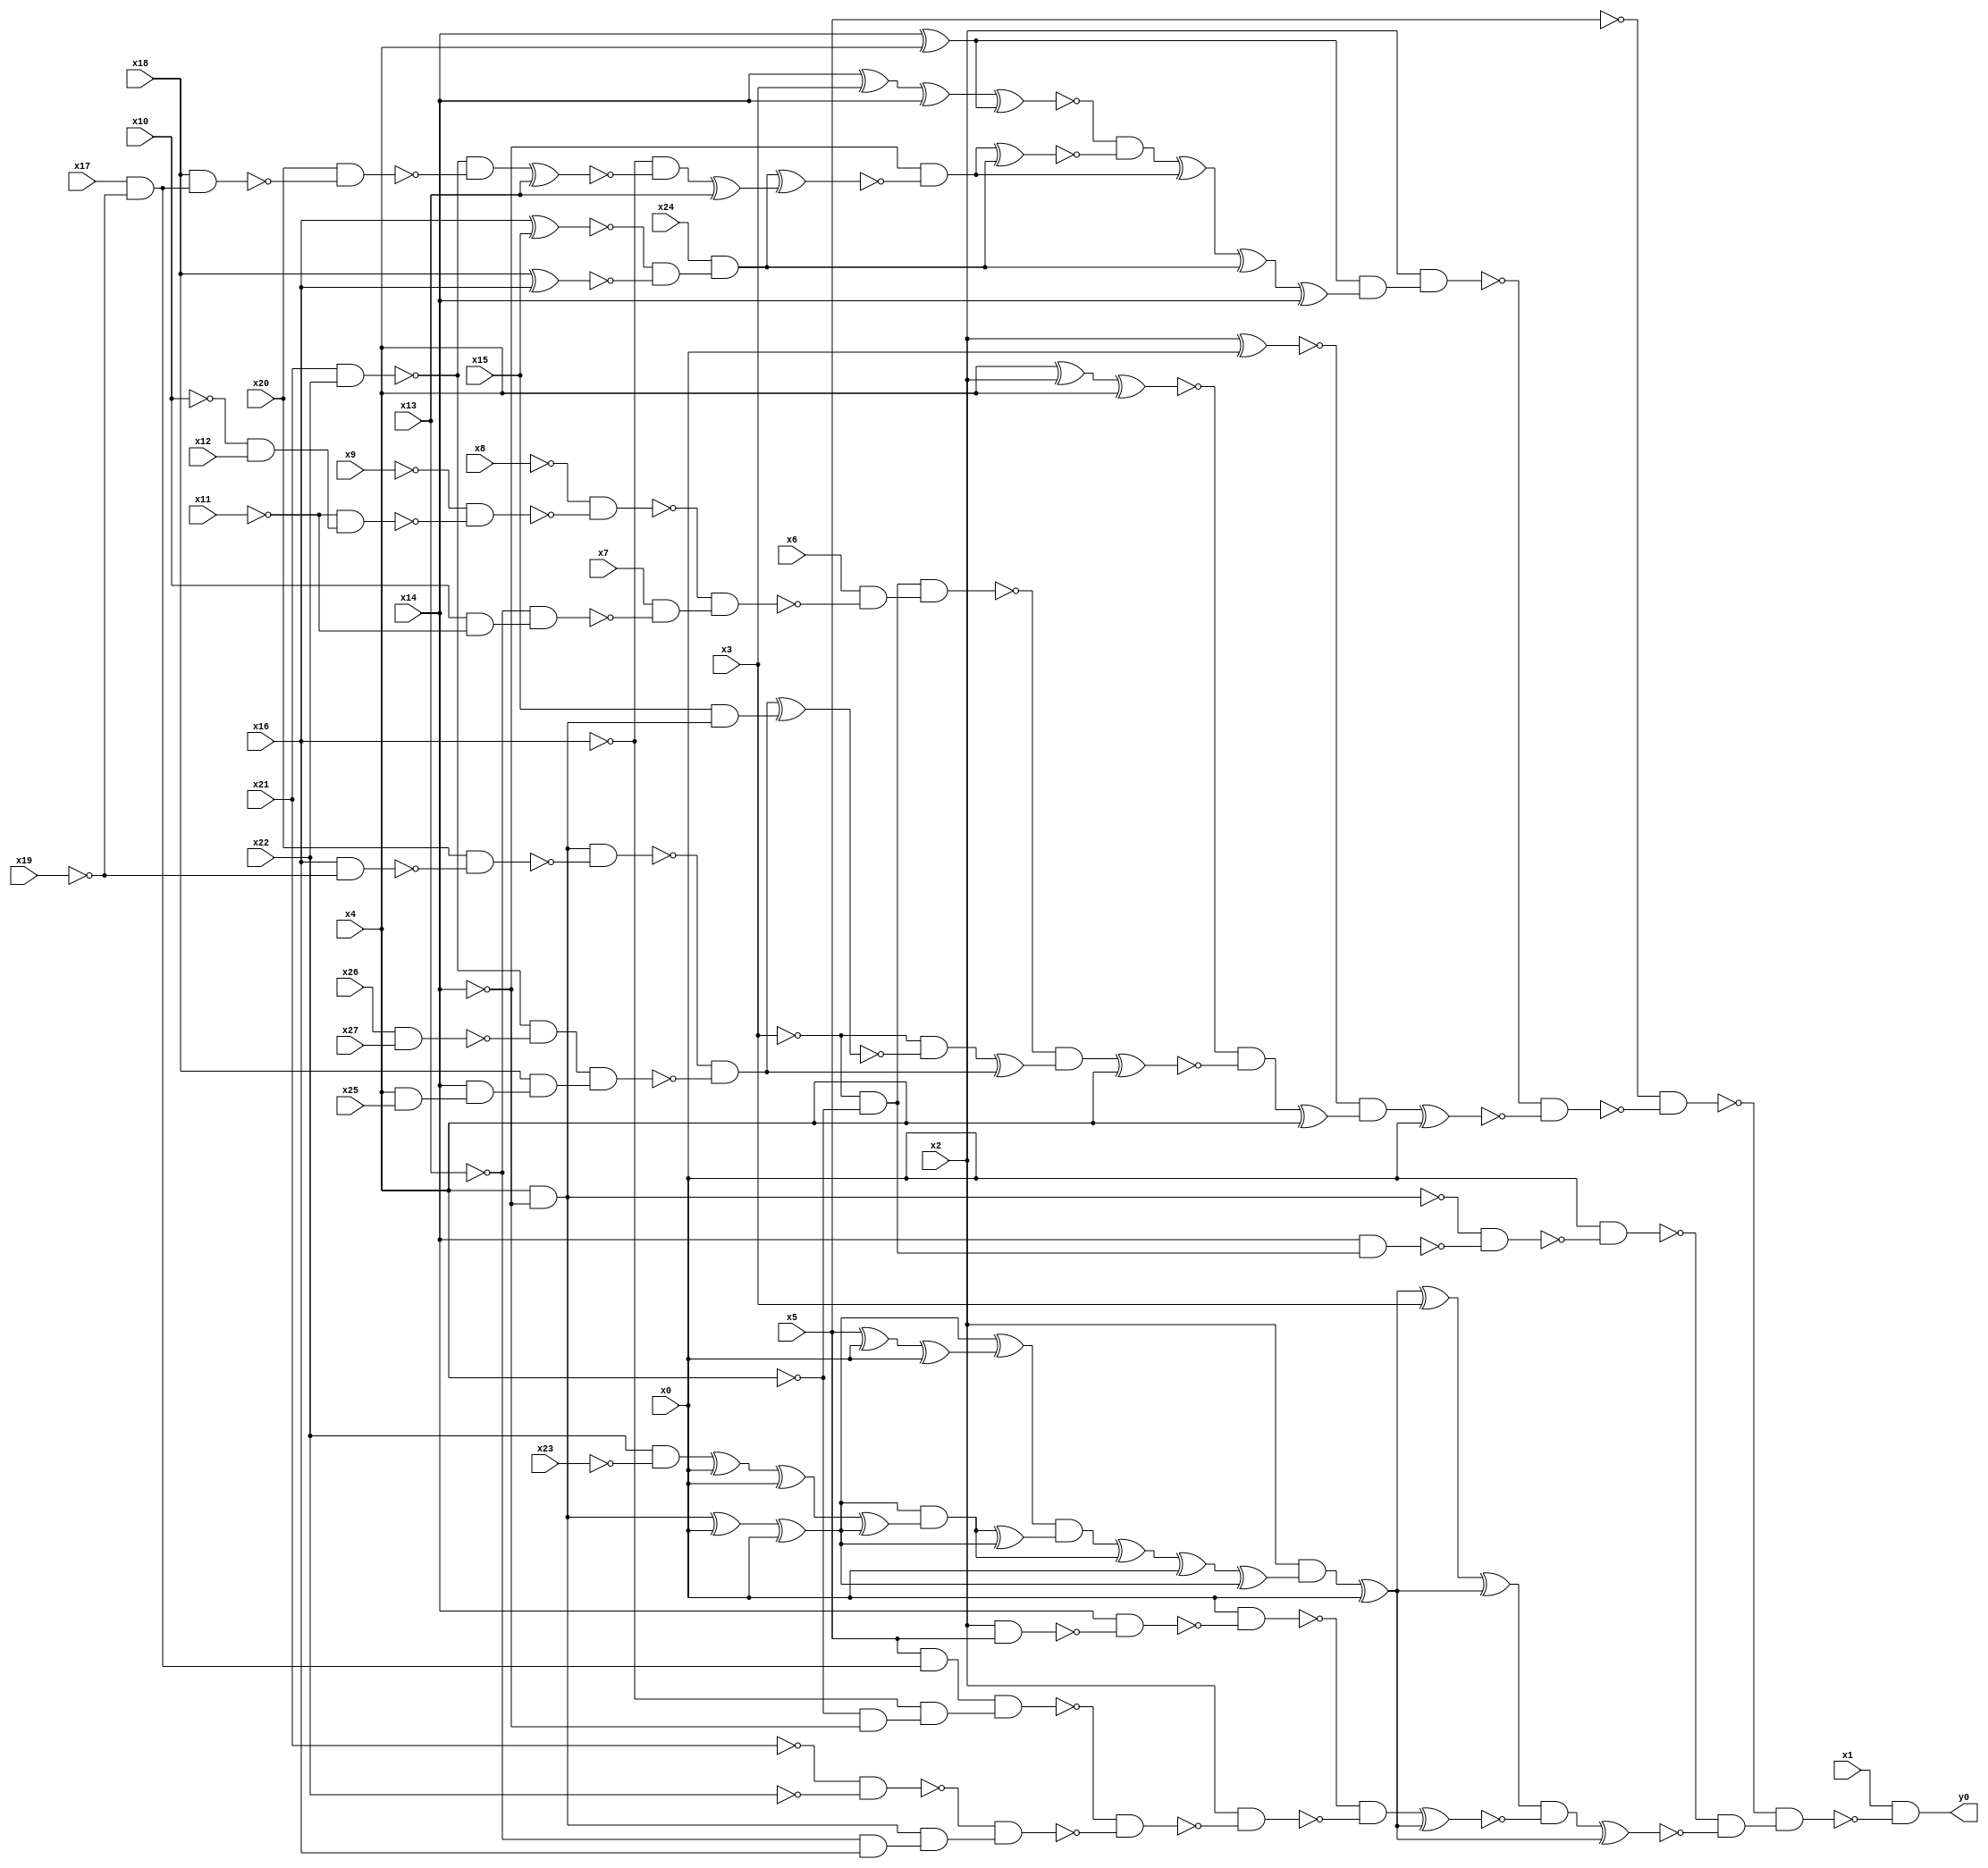
module top( x0 , x1 , x2 , x3 , x4 , x5 , x6 , x7 , x8 , x9 , x10 , x11 , x12 , x13 , x14 , x15 , x16 , x17 , x18 , x19 , x20 , x21 , x22 , x23 , x24 , x25 , x26 , x27 , y0 );
  input x0 , x1 , x2 , x3 , x4 , x5 , x6 , x7 , x8 , x9 , x10 , x11 , x12 , x13 , x14 , x15 , x16 , x17 , x18 , x19 , x20 , x21 , x22 , x23 , x24 , x25 , x26 , x27 ;
  output y0 ;
  wire n29 , n30 , n31 , n32 , n33 , n34 , n35 , n36 , n37 , n38 , n39 , n40 , n41 , n42 , n43 , n44 , n45 , n46 , n47 , n48 , n49 , n50 , n51 , n52 , n53 , n54 , n55 , n56 , n57 , n58 , n59 , n60 , n61 , n62 , n63 , n64 , n65 , n66 , n67 , n68 , n69 , n70 , n71 , n72 , n73 , n74 , n75 , n76 , n77 , n78 , n79 , n80 , n81 , n82 , n83 , n84 , n85 , n86 , n87 , n88 , n89 , n90 , n91 , n92 , n93 , n94 , n95 , n96 , n97 , n98 , n99 , n100 , n101 , n102 , n103 , n104 , n105 , n106 , n107 , n108 , n109 , n110 , n111 , n112 , n113 , n114 , n115 , n116 , n117 , n118 , n119 , n120 , n121 , n122 , n123 , n124 , n125 , n126 , n127 , n128 , n129 , n130 , n131 , n132 ;
  assign n29 = x14 ^ x4 ;
  assign n30 = x14 ^ x3 ;
  assign n31 = n30 ^ x14 ;
  assign n32 = n31 ^ n29 ;
  assign n41 = x16 ^ x15 ;
  assign n42 = x18 ^ x16 ;
  assign n43 = ~n41 & ~n42 ;
  assign n44 = x24 & n43 ;
  assign n33 = x21 & x22 ;
  assign n34 = x17 & ~x19 ;
  assign n35 = x18 & n34 ;
  assign n36 = x20 & ~n35 ;
  assign n37 = ~n33 & ~n36 ;
  assign n38 = n37 ^ x13 ;
  assign n39 = ~x16 & ~n38 ;
  assign n40 = n39 ^ x13 ;
  assign n45 = n44 ^ n40 ;
  assign n46 = ~x14 & ~n45 ;
  assign n47 = n46 ^ n44 ;
  assign n48 = ~n32 & ~n47 ;
  assign n49 = n48 ^ n46 ;
  assign n50 = n49 ^ n44 ;
  assign n51 = n50 ^ x14 ;
  assign n52 = n29 & n51 ;
  assign n53 = x2 & n52 ;
  assign n54 = x2 ^ x0 ;
  assign n55 = x4 ^ x2 ;
  assign n56 = n55 ^ x4 ;
  assign n57 = ~x3 & ~x4 ;
  assign n58 = ~x10 & x12 ;
  assign n59 = ~x11 & n58 ;
  assign n60 = ~x9 & ~n59 ;
  assign n61 = ~x8 & ~n60 ;
  assign n62 = x10 & ~x11 ;
  assign n63 = ~x13 & n62 ;
  assign n64 = x7 & ~n63 ;
  assign n65 = ~n61 & n64 ;
  assign n66 = x6 & ~n65 ;
  assign n67 = n57 & n66 ;
  assign n68 = x4 & ~x14 ;
  assign n70 = x16 & ~x19 ;
  assign n71 = x20 & ~n70 ;
  assign n72 = n68 & ~n71 ;
  assign n73 = x26 & x27 ;
  assign n74 = ~n33 & ~n73 ;
  assign n75 = x4 & x25 ;
  assign n76 = x14 & n75 ;
  assign n77 = x18 & n76 ;
  assign n78 = n74 & n77 ;
  assign n79 = ~n72 & ~n78 ;
  assign n69 = x15 & n68 ;
  assign n80 = n79 ^ n69 ;
  assign n81 = ~x3 & ~n80 ;
  assign n82 = n81 ^ n79 ;
  assign n83 = ~n67 & n82 ;
  assign n84 = n83 ^ x4 ;
  assign n85 = ~n56 & ~n84 ;
  assign n86 = n85 ^ x4 ;
  assign n87 = ~n54 & n86 ;
  assign n88 = n87 ^ x0 ;
  assign n89 = ~n53 & ~n88 ;
  assign n90 = ~x5 & ~n89 ;
  assign n91 = x14 & n57 ;
  assign n92 = ~n68 & ~n91 ;
  assign n93 = x0 & ~n92 ;
  assign n96 = n68 ^ x0 ;
  assign n97 = n96 ^ x0 ;
  assign n94 = x5 ^ x0 ;
  assign n95 = n94 ^ x0 ;
  assign n98 = n97 ^ n95 ;
  assign n99 = x22 & ~x23 ;
  assign n100 = n99 ^ x0 ;
  assign n101 = n100 ^ x0 ;
  assign n102 = n101 ^ n97 ;
  assign n103 = n97 & n102 ;
  assign n104 = n103 ^ n97 ;
  assign n105 = n98 & n104 ;
  assign n106 = n105 ^ n103 ;
  assign n107 = n106 ^ x0 ;
  assign n108 = n107 ^ n97 ;
  assign n109 = x2 & n108 ;
  assign n110 = n109 ^ x0 ;
  assign n111 = n110 ^ x3 ;
  assign n112 = n111 ^ n110 ;
  assign n113 = x2 & x5 ;
  assign n114 = x14 & ~n113 ;
  assign n115 = x0 & ~n114 ;
  assign n116 = x5 & n34 ;
  assign n117 = ~x4 & ~x14 ;
  assign n118 = ~x16 & n117 ;
  assign n119 = n116 & n118 ;
  assign n120 = ~x21 & ~x22 ;
  assign n121 = ~x13 & x16 ;
  assign n122 = n68 & n121 ;
  assign n123 = ~n120 & n122 ;
  assign n124 = ~n119 & ~n123 ;
  assign n125 = x2 & ~n124 ;
  assign n126 = ~n115 & ~n125 ;
  assign n127 = n126 ^ n110 ;
  assign n128 = n112 & ~n127 ;
  assign n129 = n128 ^ n110 ;
  assign n130 = ~n93 & ~n129 ;
  assign n131 = ~n90 & n130 ;
  assign n132 = x1 & ~n131 ;
  assign y0 = n132 ;
endmodule